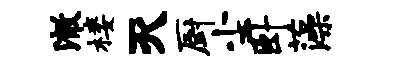
澈楼灭厨尘卧藻